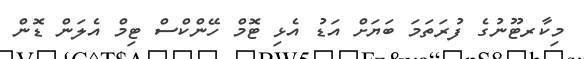
މިކާރޓޫނުގެ ފުރަތަމަ ބަޔަށް އަޑު އެޅި ޓޮމް ހޭންކްސް ޓިމް އެލަން ޑޮން